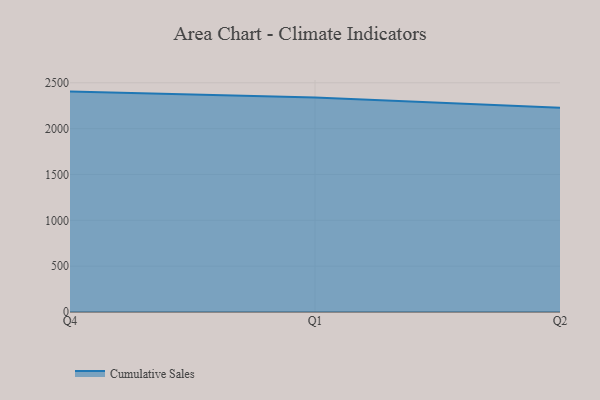
{"axis": {"x": "Quarter", "y": "Population (Million)"}, "legend": ["Cumulative Sales"], "data": [{"x": "Q4", "y": 2403.8, "type": "Cumulative Sales"}, {"x": "Q1", "y": 2340.5, "type": "Cumulative Sales"}, {"x": "Q2", "y": 2228.4, "type": "Cumulative Sales"}]}